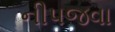
નીપજવા